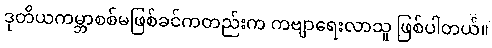
ဒုတိယကမ္ဘာစစ်မဖြစ်ခင်ကတည်းက ကဗျာရေးလာသူ ဖြစ်ပါတယ်။